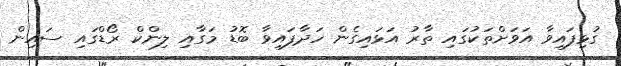
ގުޅިފައިވާ އަވަށްތަކުގައި ތާރު އަޅައިގެން ހަދާފައިވާ ބޮޑު މަގާއި ލިންކް ރޯޑްގައި ސައިން